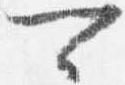
可